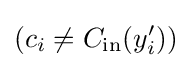
(c_{i}\neq C_{\text{in}}(y_{i}'))